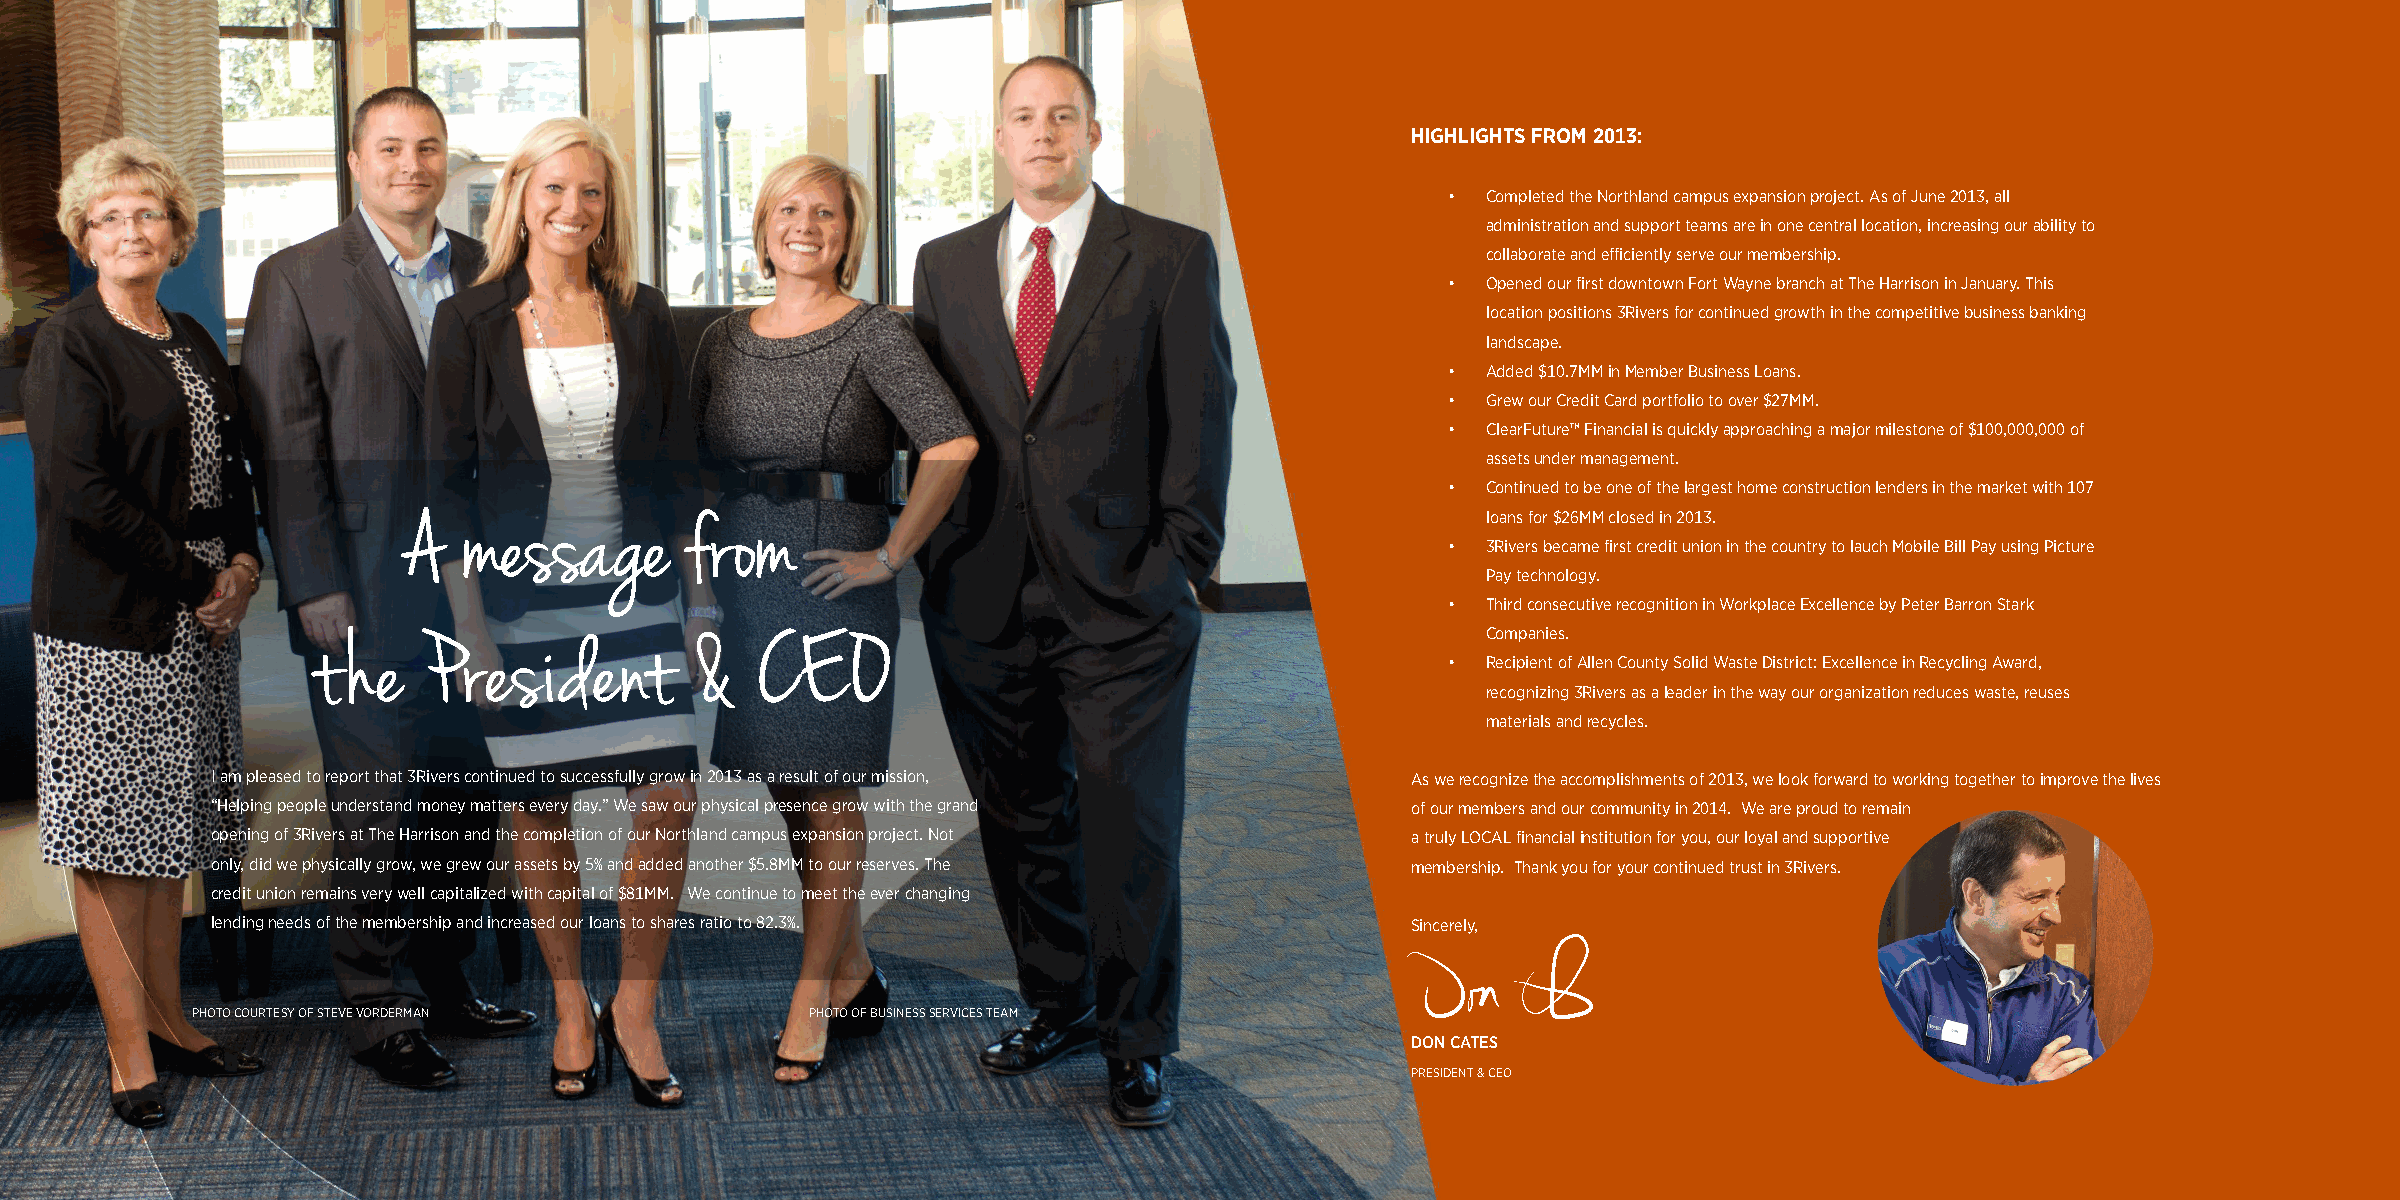
HIGHLIGHTS FROM 2013:
 • Completed the Northland campus expansion project. As of June 2013, all
 administration and support teams are in one central location, increasing our ability to
 collaborate and efficiently serve our membership.
 • Opened our first downtown Fort Wayne branch at The Harrison in January. This
 location positions 3Rivers for continued growth in the competitive business banking
 landscape.
 • Added $10.7MM in Member Business Loans.
 • Grew our Credit Card portfolio to over $27MM.
 • ClearFuture™ Financial is quickly approaching a major milestone of $100,000,000 of
 assets under management.
 • Continued to be one of the largest home construction lenders in the market with 107
 A   message       from                                                 loans for $26MM closed in 2013.
 • 3Rivers became first credit union in the country to lauch Mobile Bill Pay using Picture
 Pay technology.
 • Third consecutive recognition in Workplace Excellence by Peter Barron Stark
 Companies.
 t he   President         &   CEO
 • Recipient of Allen County Solid Waste District: Excellence in Recycling Award,
 recognizing 3Rivers as a leader in the way our organization reduces waste, reuses
 materials and recycles.
 I am pleased to report that 3Rivers continued to successfully grow in 2013 as a result of our mission, As we recognize the accomplishments of 2013, we look forward to working together to improve the lives
 “Helping people understand money matters every day.” We saw our physical presence grow with the grand of our members and our community in 2014. We are proud to remain
 opening of 3Rivers at The Harrison and the completion of our Northland campus expansion project. Not a truly LOCAL financial institution for you, our loyal and supportive
 only, did we physically grow, we grew our assets by 5% and added another $5.8MM to our reserves. The membership. Thank you for your continued trust in 3Rivers.
 credit union remains very well capitalized with capital of $81MM. We continue to meet the ever changing
 lending needs of the membership and increased our loans to shares ratio to 82.3%. Sincerely,
 PHOTO COURTESY OF STEVE VORDERMAN        PHOTO OF BUSINESS SERVICES TEAM
 DON CATES
 PRESIDENT & CEO